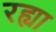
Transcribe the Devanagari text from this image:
रह्या